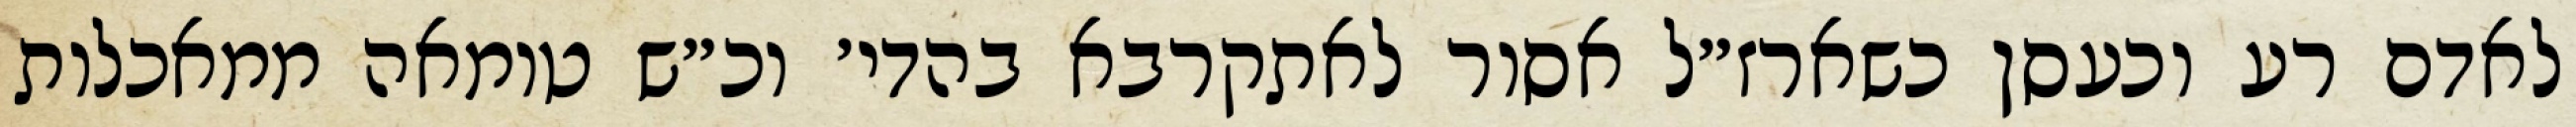
לאדם רע וכעסן כשארז״ל אסור לאתקרבא בהדי׳ וכ״ש טומאה ממאכלות